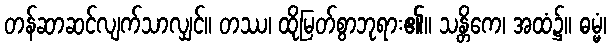
တန်ဆာဆင်လျက်သာလျှင်။ တဿ၊ ထိုမြတ်စွာဘုရား၏။ သန္တိကေ၊ အထံ၌။ ဓမ္မံ၊